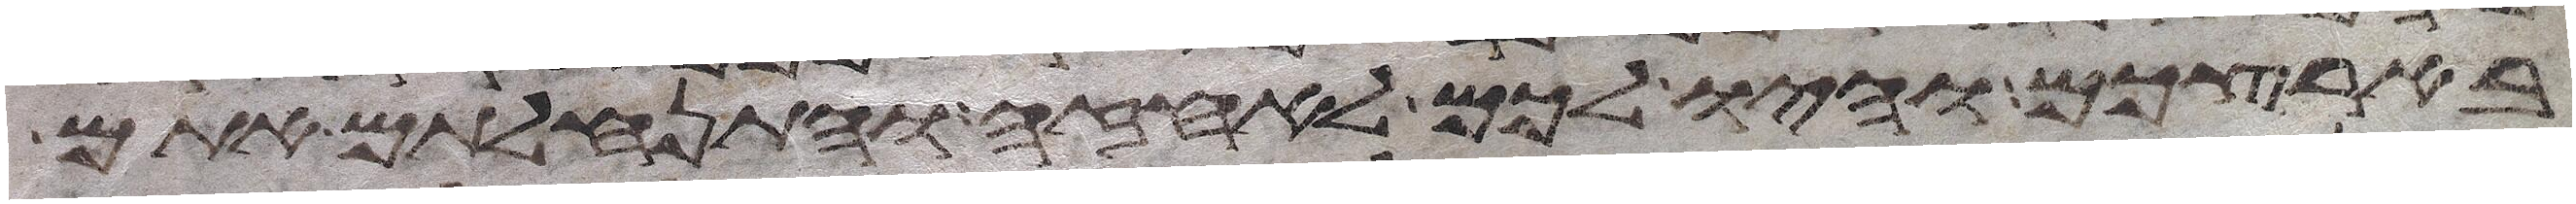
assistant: בארצכם והיו לכם לאחזה והתנחלתם אתם